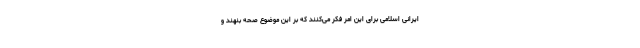
ایرانی اسلامی برای این امر فکر می‌کنند که بر این موضوع صحه بنهند و